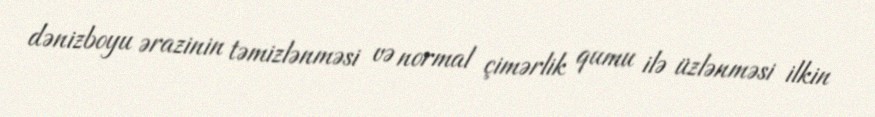
dənizboyu ərazinin təmizlənməsi və normal çimərlik qumu ilə üzlənməsi ilkin